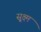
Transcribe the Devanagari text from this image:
सू्क्ष्म